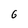
Character: 6